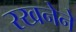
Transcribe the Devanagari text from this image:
रखनेने